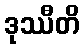
ဒုဿီတိ